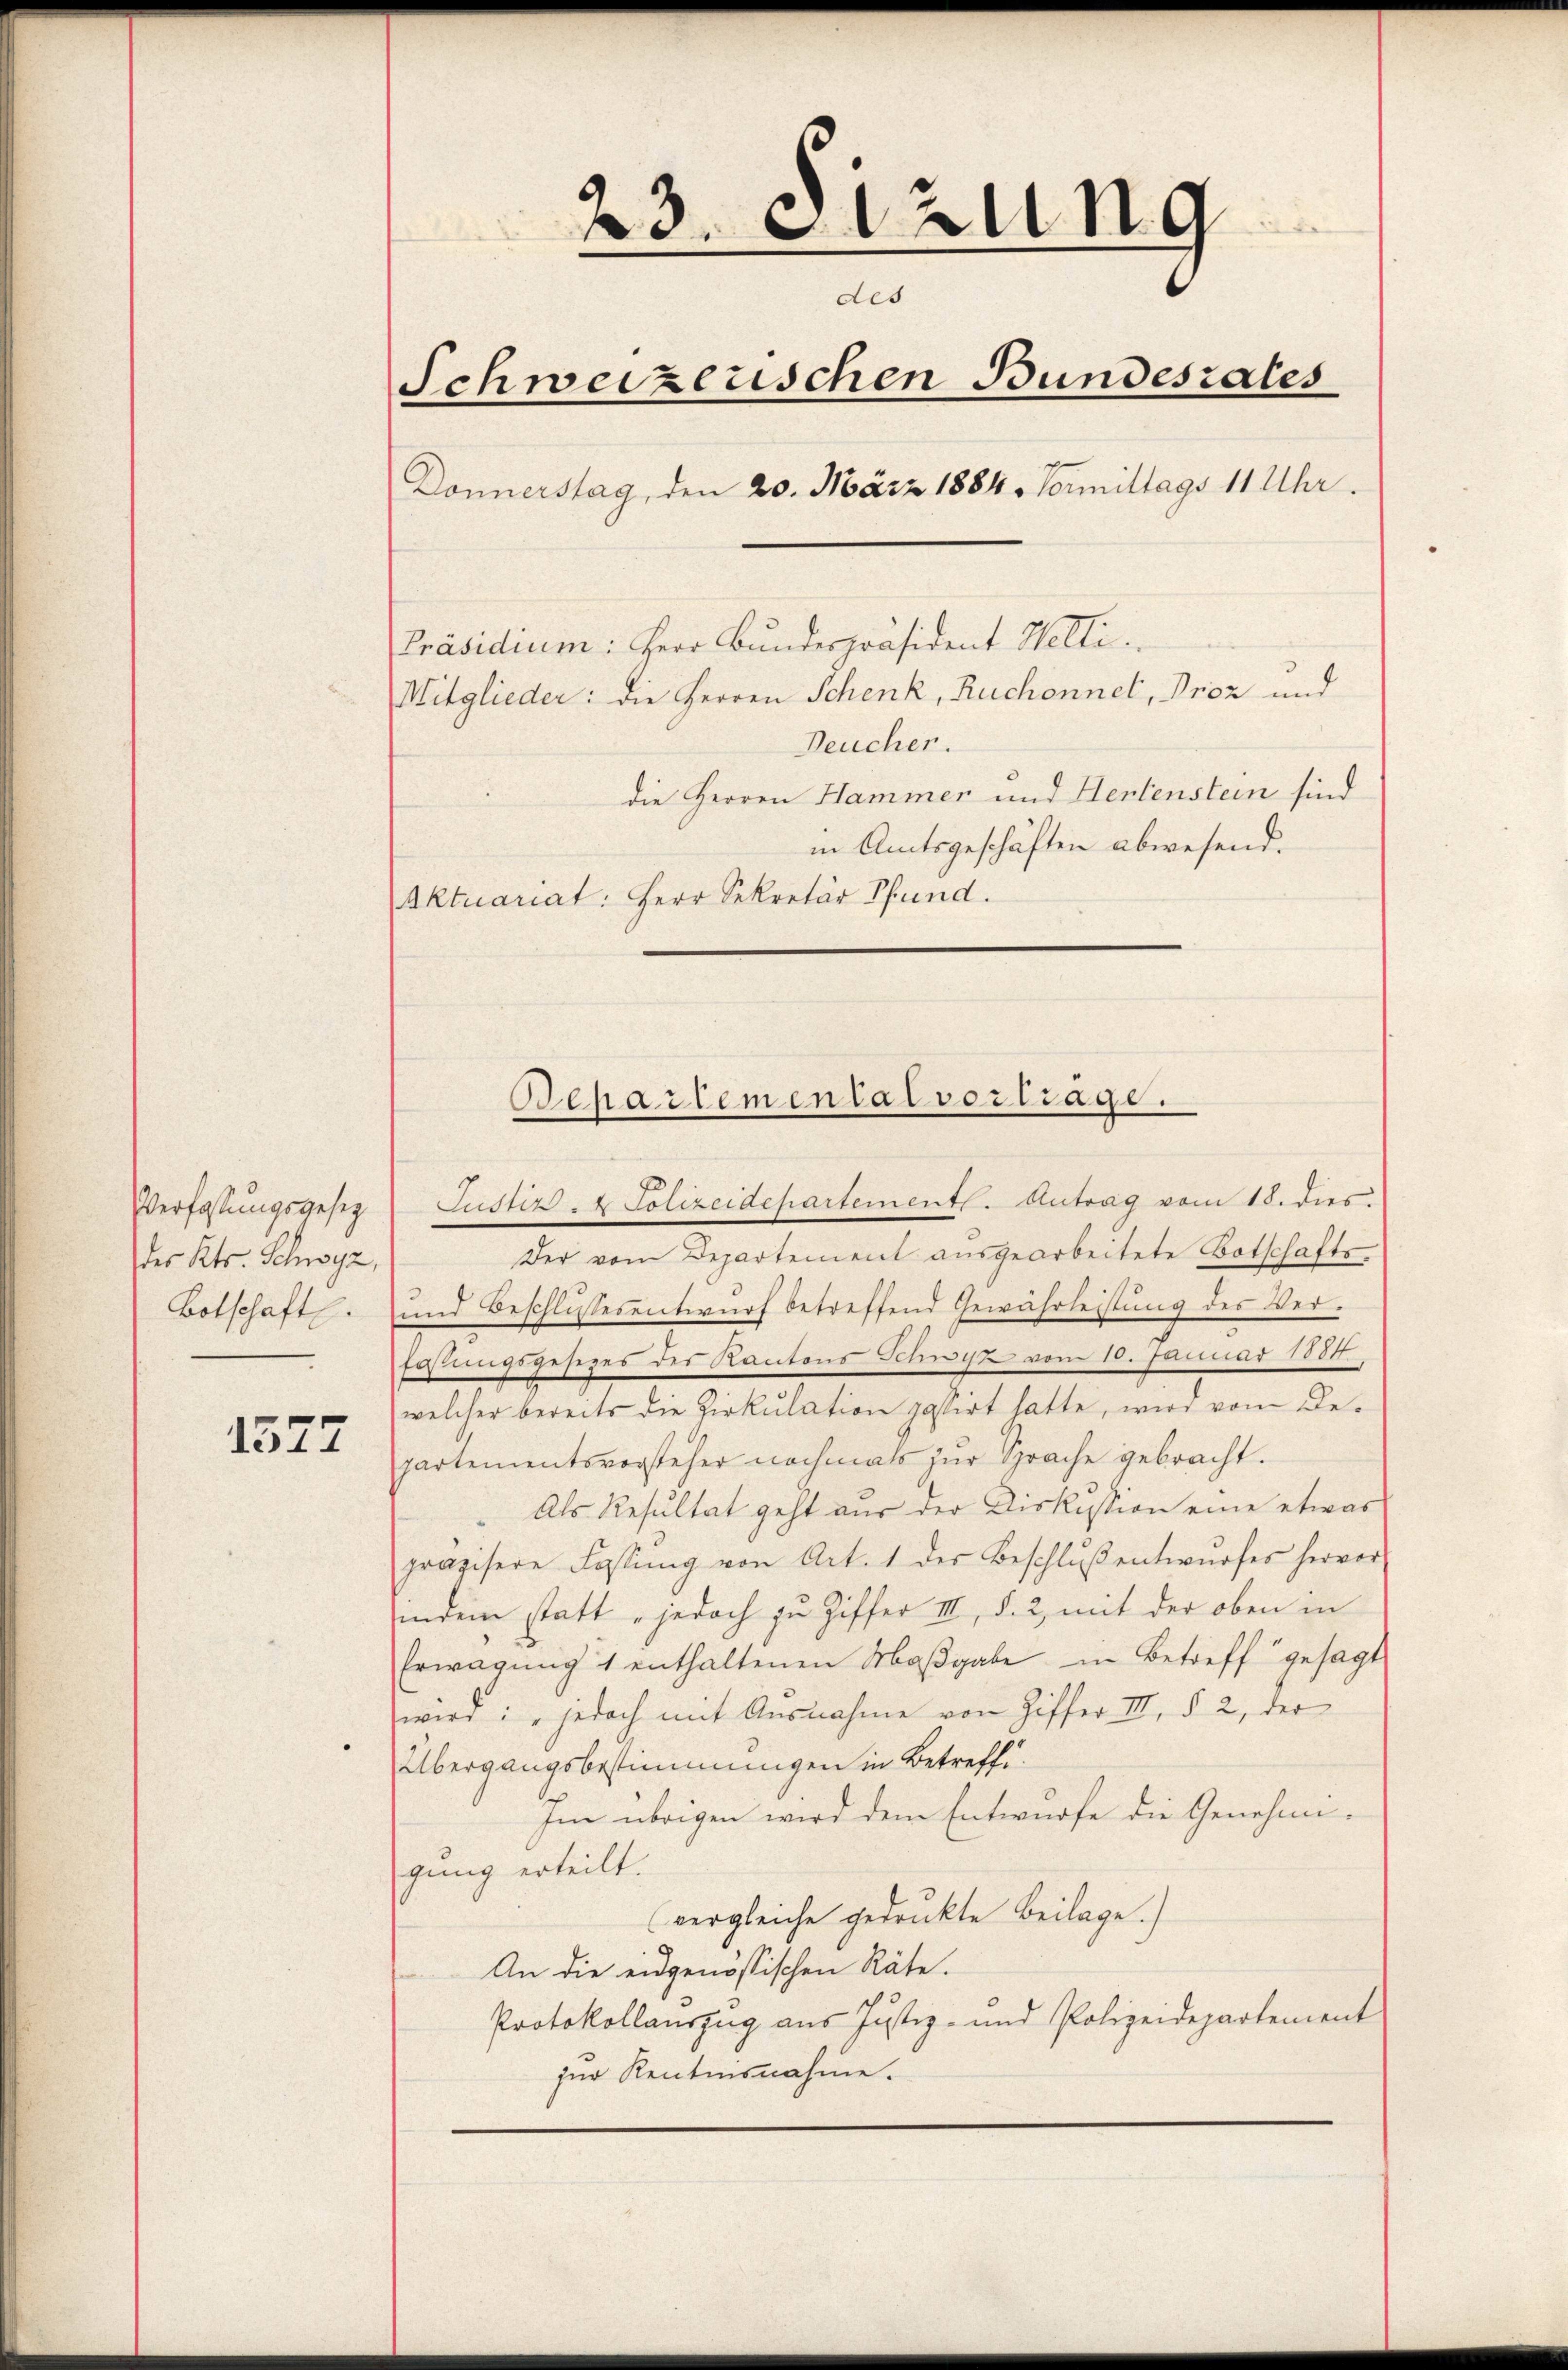
des Kts. Schwyz,

1377

23. Sizung
des
Schweizerischen Bundesrates
Donnerstag, den 20. März 1884. Vormittags 11 Uhr.
Präsidium: Herr Bundespräsident Welti.
Mitglieder: die Herren Schenk, Ruchonnet, Proz und
Deucher.
die Herren Hammer und Hertenstein sind
in Amtsgeschäften abwesend.
Aktuariat: Herr Sekretär Pfund.

Bepartemental vortrage.

Verfassungsgesetz Justiz- & Polizeidepartementl. Antrag vom 18. dies
Der vom Departement ausgearbeitete Botschafts¬
Botschaft. und Beschlussesentwurf betreffend Gewährleistung des Ver-
Erstungsgesezes des Kantons Schnis vom 10. Januar 1884.
welcher bereits die Zirkulation passirt hatte, wird vom Departementsvorsteher nochmals zur Sprache gebracht.
Als Resultat geht aus der Diskussion eine etwas
präzisere Fassŭng von Art. 1 der Beschlŭβ entwŭrfes hervor,
indem statt „jedoch zu Ziffer III, d. 2, mit der oben in
Erwägŭng 1 enthaltenen Maβgabe in Betreff gesagt
wird: „jedoch mit Ausnahme von Ziffer III, § 2, der
Übergangsbestimmungen in Betreff
Im übrigen wird dem Entwurfe die Genehmi-
gung erteilt.
(vergleiche gedruckte Beilage.)
An die eidgenössischen Räte.
Protokollauszug aus Justiz- und Polizeidepartement
zur Rentensnahme.